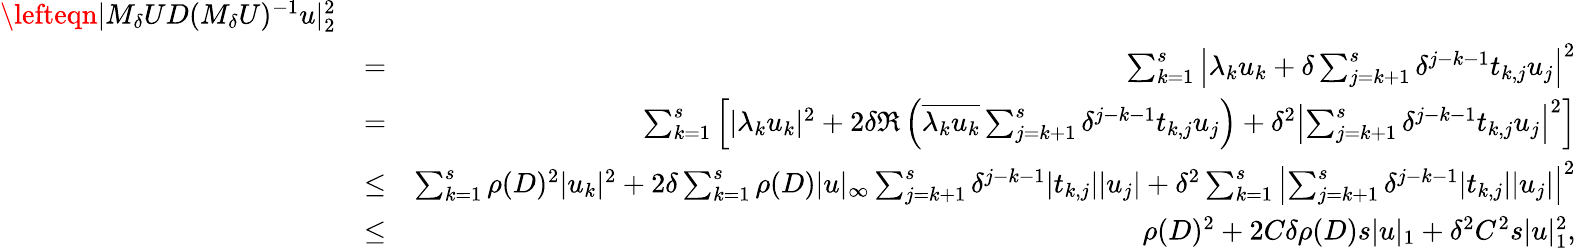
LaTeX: \begin{array}{rlr}{\lefteqn{|M_{\delta}UD(M_{\delta}U)^{-1}u|_{2}^{2}}}\\ &{=}&{\sum_{k=1}^{s}\left|\lambda_{k}u_{k}+\delta\sum_{j=k+1}^{s}\delta^{j-k-1}t_{k,j}u_{j}\right|^{2}}\\ &{=}&{\sum_{k=1}^{s}\left[|\lambda_{k}u_{k}|^{2}+2\delta\Re\left(\overline{{\lambda_{k}u_{k}}}\sum_{j=k+1}^{s}\delta^{j-k-1}t_{k,j}u_{j}\right)+\delta^{2}\left|\sum_{j=k+1}^{s}\delta^{j-k-1}t_{k,j}u_{j}\right|^{2}\right]}\\ &{\leq}&{\sum_{k=1}^{s}\rho(D)^{2}|u_{k}|^{2}+2\delta\sum_{k=1}^{s}\rho(D)|u|_{\infty}\sum_{j=k+1}^{s}\delta^{j-k-1}|t_{k,j}||u_{j}|+\delta^{2}\sum_{k=1}^{s}\left|\sum_{j=k+1}^{s}\delta^{j-k-1}|t_{k,j}||u_{j}|\right|^{2}}\\ &{\leq}&{\rho(D)^{2}+2C\delta\rho(D)s|u|_{1}+\delta^{2}C^{2}s|u|_{1}^{2},}\end{array}